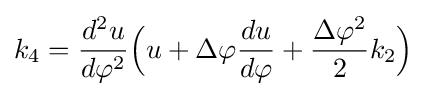
k_{4}={d^{2}u \over d\varphi ^{2}}{\Bigl (}u+\Delta \varphi {du \over d\varphi }+{\frac {\Delta \varphi ^{2}}{2}}k_{2}{\Bigr )}